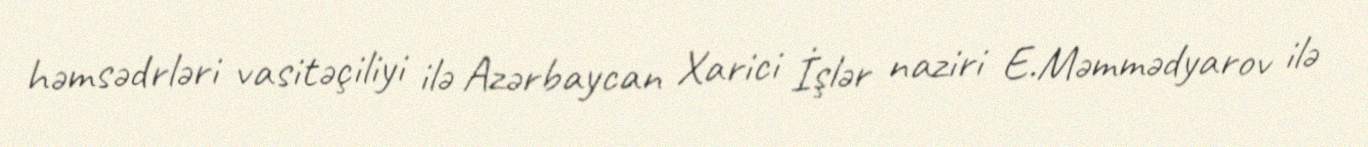
həmsədrləri vasitəçiliyi ilə Azərbaycan Xarici İşlər naziri E.Məmmədyarov ilə